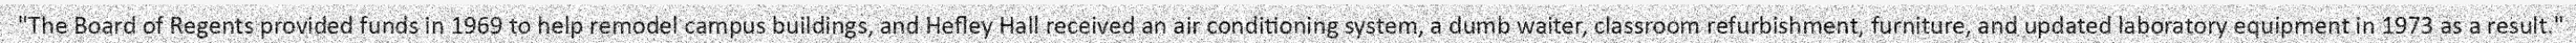
"The Board of Regents provided funds in 1969 to help remodel campus buildings, and Hefley Hall received an air conditioning system, a dumb waiter, classroom refurbishment, furniture, and updated laboratory equipment in 1973 as a result."